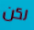
لكن